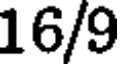
16/9